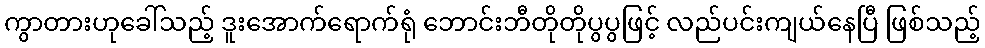
ကွာတားဟုခေါ်သည့် ဒူးအောက်ရောက်ရုံ ဘောင်းဘီတိုတိုပွပွဖြင့် လည်ပင်းကျယ်နေပြီ ဖြစ်သည့်